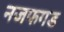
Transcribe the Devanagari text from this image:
नजफगड